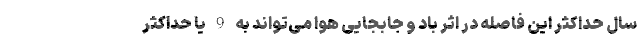
سال حداکثر این فاصله در اثر باد و جابجایی هوا می‌تواند به 9 یا حداکثر